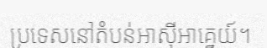
ប្រទេសនៅតំបន់អាស៊ីអាគ្នេយ៍។